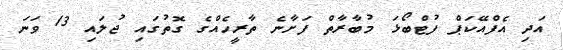
އަދި އެފްއޭކަޕް ފުޓްބޯޅަ މުބާރާތް ފަށާނެ ތާރީހެއްގެ ގޮތުގައި ޖުލައި 13 ވަނަ